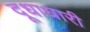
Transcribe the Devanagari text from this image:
दूधाधारी